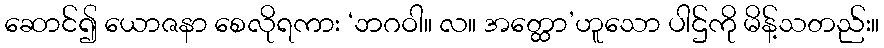
ဆောင်၍ ယောဇနာ စေလိုရကား ‘ဘဂဝါ။ လ။ အတ္ထော’ဟူသော ပါဌ်ကို မိန့်သတည်း။